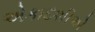
એકાદશીએ